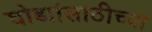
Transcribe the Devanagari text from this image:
घोड्यांसाठीच्या